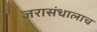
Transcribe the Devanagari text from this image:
जरासंधालाच